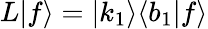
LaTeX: L|f\rangle=|k_{1}\rangle\langle b_{1}|f\rangle